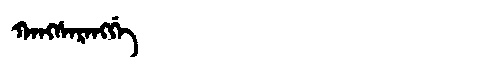
Manchu: ᡴᠠᠩᠰᠠᡵᠠᠩᡤᡝ
Romanization: KANGSARANGGE